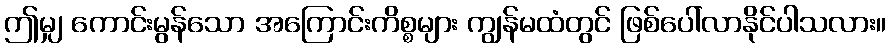
ဤမျှ ကောင်းမွန်သော အကြောင်းကိစ္စများ ကျွန်မထံတွင် ဖြစ်ပေါ်လာနိုင်ပါသလား။